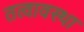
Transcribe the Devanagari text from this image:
तत्वावस्था